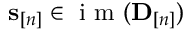
\mathbf s _ { [ n ] } \in \mathrm { ~ i ~ m ~ } ( { \bf D } _ { [ n ] } )